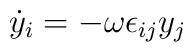
\dot{y}_i = - \omega\epsilon_{ij} y_j